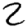
Digit: 2